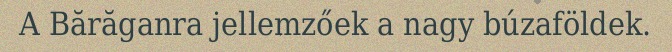
A Bărăganra jellemzőek a nagy búzaföldek.